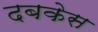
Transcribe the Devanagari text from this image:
दबकेस